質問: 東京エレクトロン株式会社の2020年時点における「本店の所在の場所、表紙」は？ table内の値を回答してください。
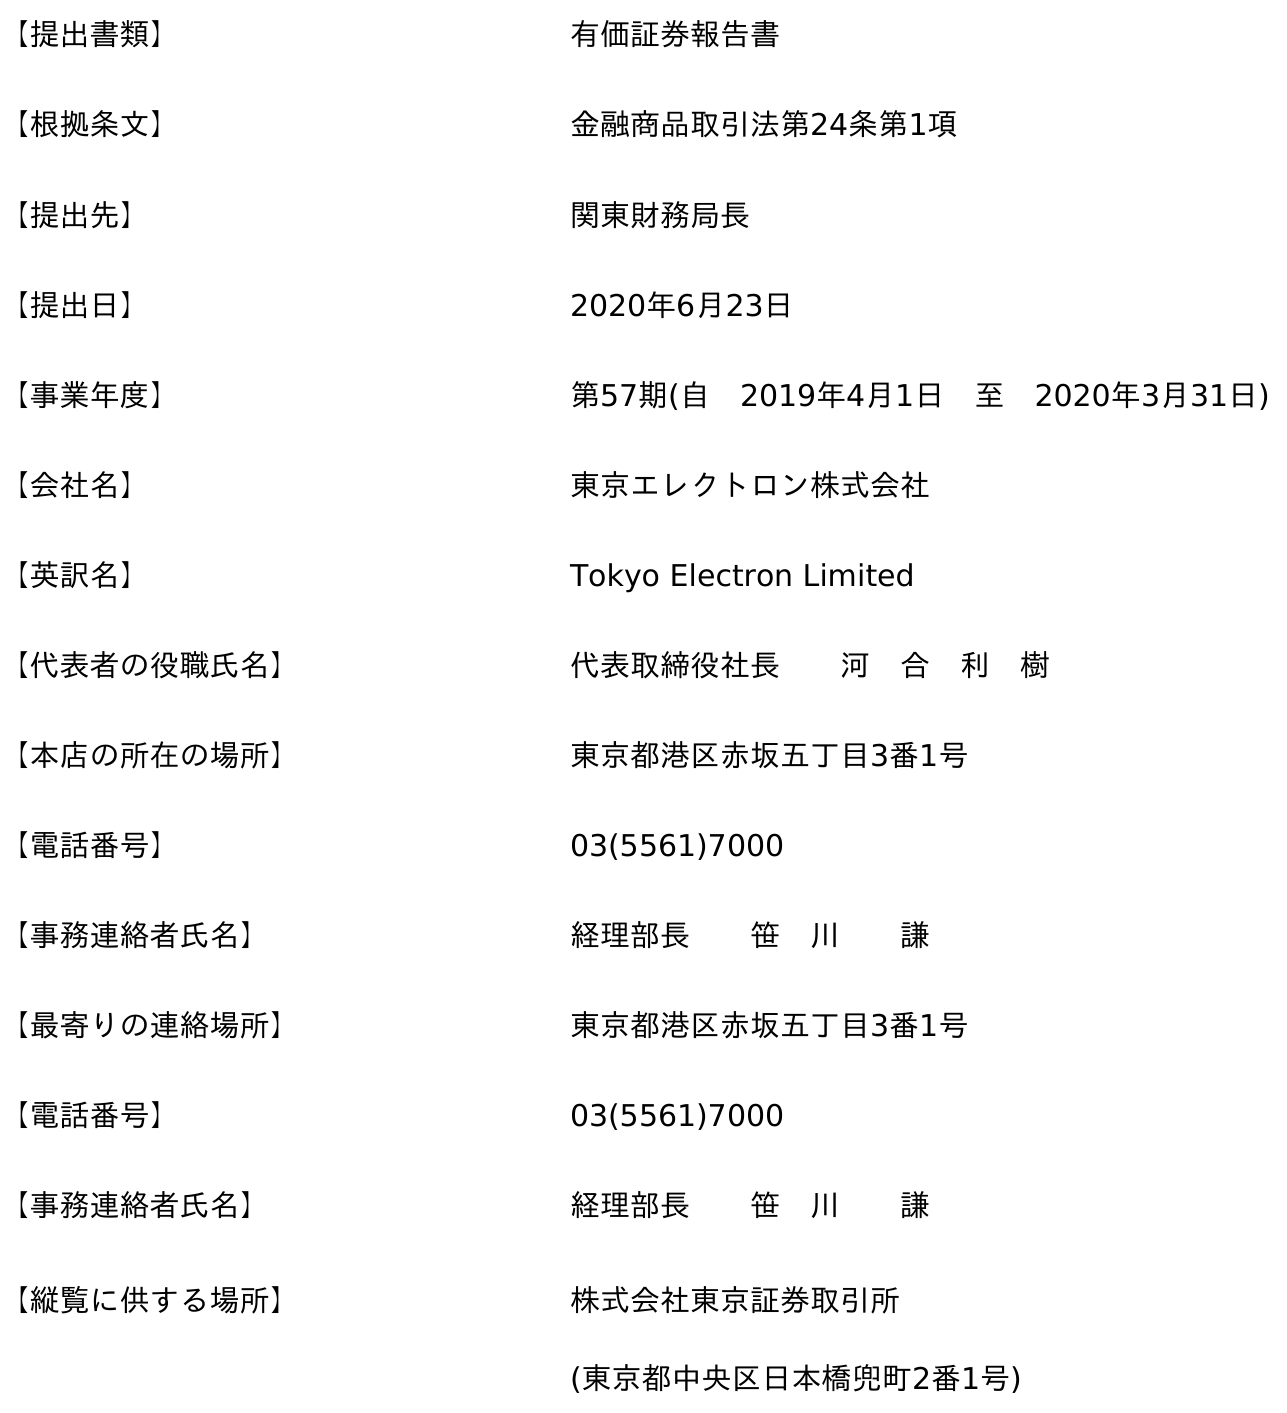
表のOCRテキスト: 【提出書類】 有価証券報告書 【根拠条文】 金融商品取引法第24条第1項 【提出先】 関東財務局長 【提出日】 2020年6月23日 【事業年度】 第57期(自 2019年4月1日 至 2020年3月31日) 【会社名】 東京エレクトロン株式会社 【英訳名】 Tokyo Electron Limited 【代表者の役職氏名】 代表取締役社長  河 合 利 樹 【本店の所在の場所】 東京都港区赤坂五丁目3番1号 【電話番号】 03(5561)7000 【事務連絡者氏名】 経理部長  笹 川  謙 【最寄りの連絡場所】 東京都港区赤坂五丁目3番1号 【電話番号】 03(5561)7000 【事務連絡者氏名】 経理部長  笹 川  謙 【縦覧に供する場所】 株式会社東京証券取引所 (東京都中央区日本橋兜町2番1号)
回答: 東京都港区赤坂五丁目3番1号